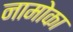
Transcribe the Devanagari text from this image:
नामोका